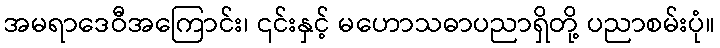
အမရာဒေဝီအကြောင်း၊ ၎င်းနှင့် မဟောသဓာပညာရှိတို့ ပညာစမ်းပုံ။